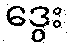
ဒွေး